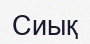
Сиық